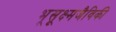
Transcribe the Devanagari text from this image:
भूसूक्ष्मजैविकी